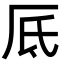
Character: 厎